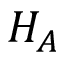
H _ { A }